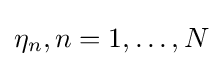
\eta _{n},n=1,\ldots ,N